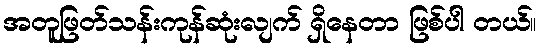
အတူဖြတ်သန်းကုန်ဆုံးလျက် ရှိနေတာ ဖြစ်ပါ တယ်။